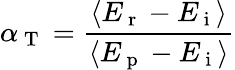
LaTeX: \alpha_{\mathrm{~T~}}=\frac{\langle E_{\mathrm{~r~}}-E_{\mathrm{~i~}}\rangle}{\langle E_{\mathrm{~p~}}-E_{\mathrm{~i~}}\rangle}